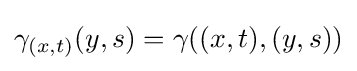
\gamma _{(x,t)}(y,s)=\gamma ((x,t),(y,s))